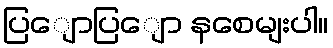
ပြျောပြျော နစေမျးပါ။